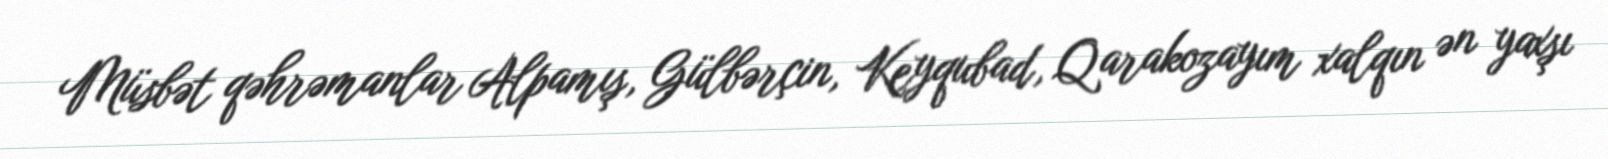
Müsbət qəhrəmanlar Alpamış, Gülbərçin, Keyqubad, Qarakozayım xalqın ən yaxşı